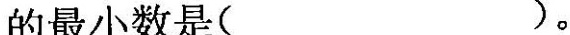
的最小数是( )。